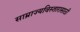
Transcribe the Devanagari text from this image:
साम्राज्यविस्तारासाठी